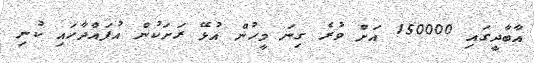
އާބާދީގައި 150000 އަށް ވުރެ ގިނަ މީހުން އުޅޭ ރަށަކުން އުފައްދާހައި ކުނި